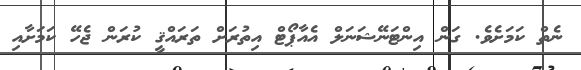
ނެތް ކަމަށެވެ. ގަން އިންޓަނޭޝަނަލް އެއާޕޯޓް އިތުރަށް ތަރައްޤީ ކުރަން ޖެހޭ ކަމަށާއި